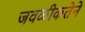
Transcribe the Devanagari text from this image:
जवळीकतेने